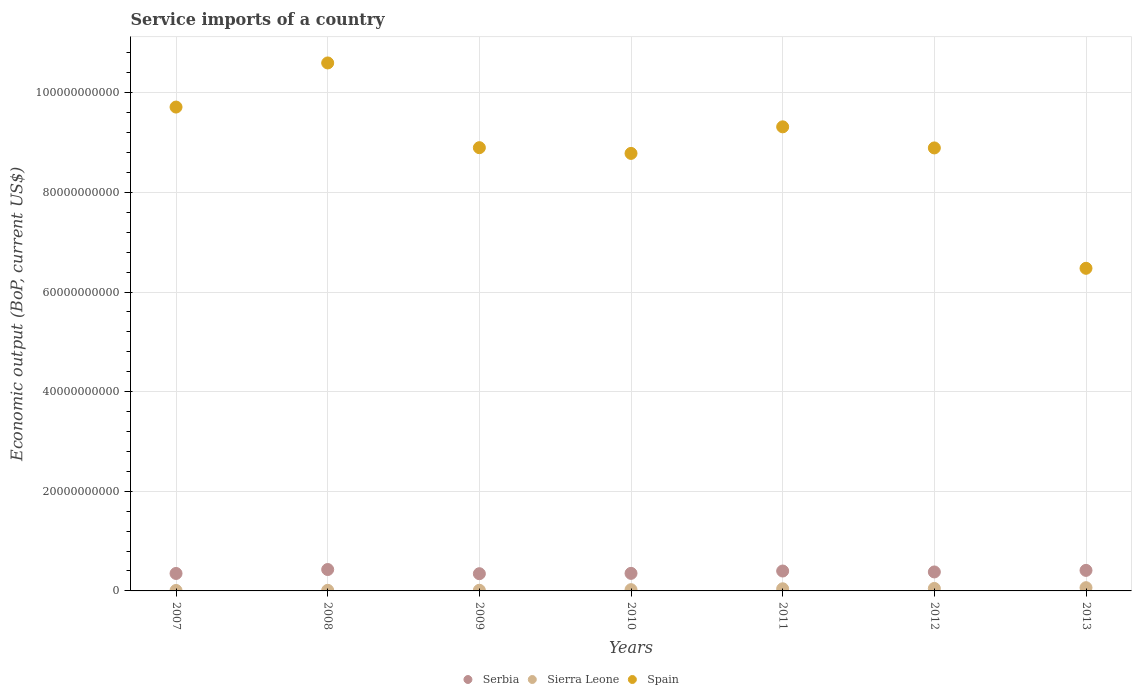
| Years | Serbia | Sierra Leone | Spain |
 | --- | --- | --- | --- |
 | 2007 | 3.51e+09 | 9.43e+07 | 9.71e+10 |
 | 2008 | 4.3e+09 | 1.21e+08 | 1.06e+11 |
 | 2009 | 3.46e+09 | 1.32e+08 | 8.9e+10 |
 | 2010 | 3.52e+09 | 2.52e+08 | 8.78e+10 |
 | 2011 | 3.99e+09 | 4.28e+08 | 9.32e+10 |
 | 2012 | 3.81e+09 | 4.97e+08 | 8.89e+10 |
 | 2013 | 4.12e+09 | 6.49e+08 | 6.48e+10 |